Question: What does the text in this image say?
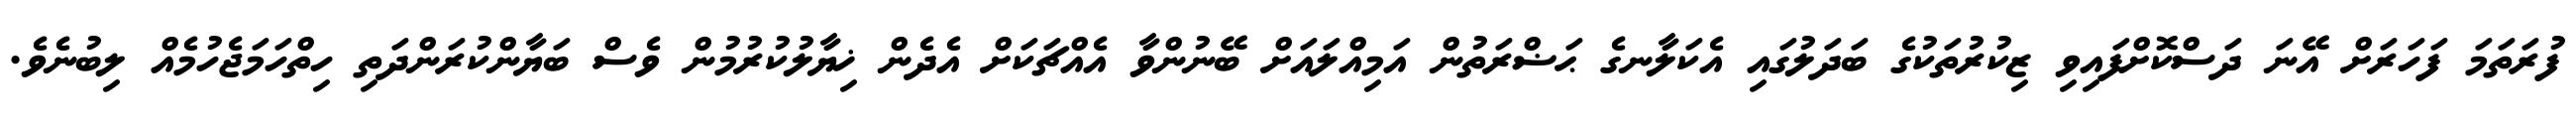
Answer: ފުރަތަމަ ފަހަރަށް އޭނަ ދަސްކޮށްފައިވި ޒިކުރުތަކުގެ ބަދަލުގައި އެކަލާނގެ ޙަޟްރަތުން އަމިއްލައަށް ބޭނުންވާ އެއްޗަކަށް އެދެން ޚިޔާލުކުރުމުން ވެސް ބަޔާންކުރަންދަތި ހިތްހަމަޖެހުމެއް ލިބުނެވެ.